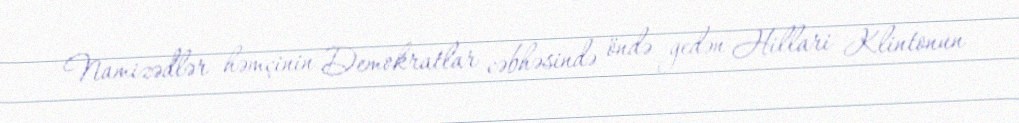
Namizədlər həmçinin Demokratlar cəbhəsində öndə gedən Hillari Klintonun